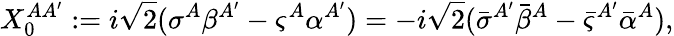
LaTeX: X_{0}^{A{A^{\prime}}}:=i{\sqrt 2}(\sigma^{A}\beta^{A^{\prime}}-\varsigma^{A}\alpha^{A^{\prime}})=-i{\sqrt 2}({\bar{\sigma}}^{A^{\prime}}{\bar{\beta}}^{A}-{\bar{\varsigma}}^{A^{\prime}}{\bar{\alpha}}^{A}),